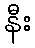
နီး